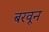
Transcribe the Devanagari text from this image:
बरवून